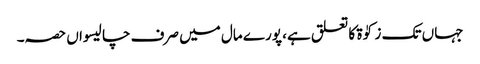
جہاں تک زکوٰۃ کا تعلق ہے، پورے مال میں صرف چالیسواں حصہ۔